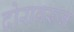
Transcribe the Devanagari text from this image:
दोरावरून